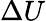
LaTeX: \Delta U